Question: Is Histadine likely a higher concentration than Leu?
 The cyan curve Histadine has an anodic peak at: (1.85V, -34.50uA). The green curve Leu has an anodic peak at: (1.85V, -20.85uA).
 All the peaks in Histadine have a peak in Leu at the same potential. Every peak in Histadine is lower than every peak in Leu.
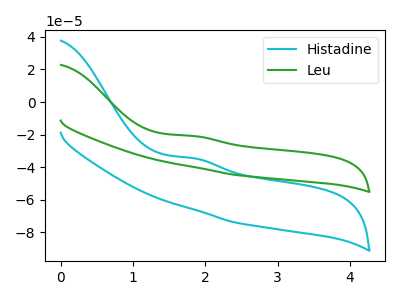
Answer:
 <answer>"Histadine" has less signal than "Leu".</answer>
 <eval>less_signal</eval>